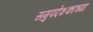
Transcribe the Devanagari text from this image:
समुपदेशकाच्या